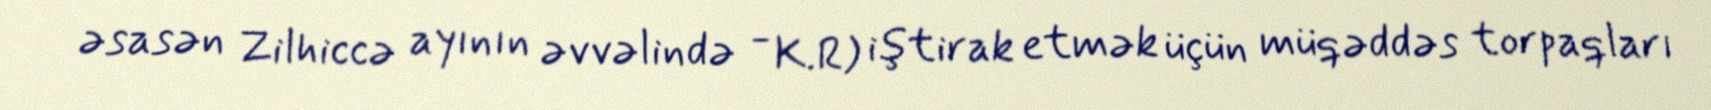
əsasən Zilhiccə ayının əvvəlində - K.R) iştirak etmək üçün müqəddəs torpaqları